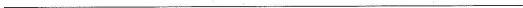
___